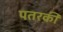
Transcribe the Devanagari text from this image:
पतरकी